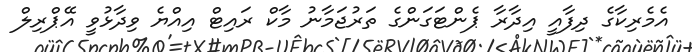
އެމެރިކާގެ ދިފާއީ އިދާރާ ޕެންޓަގަންގެ ތަރުޖަމާނު މާކް ރައިޓް އިއްޔެ ވިދާޅުވީ އޭޕްރިލް